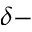
^ { \delta - }